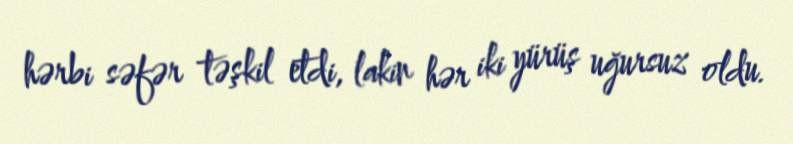
hərbi səfər təşkil etdi, lakin hər iki yürüş uğursuz oldu.